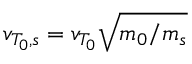
v _ { T _ { 0 } , s } = v _ { T _ { 0 } } \sqrt { m _ { 0 } / m _ { s } }